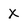
Character: X